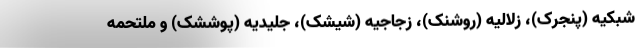
شبکیه (پنجرک)، زلالیه (روشنک)، زجاجیه (شیشک)، جلیدیه (پوششک) و ملتحمه